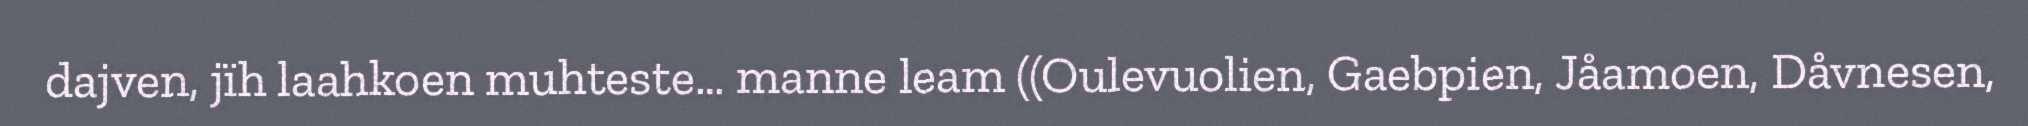
dajven, jïh laahkoen muhteste… manne leam ((Oulevuolien, Gaebpien, Jåamoen, Dåvnesen,